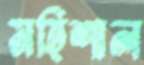
মহিশাল